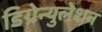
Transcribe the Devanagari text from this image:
डिग्रेन्युलेशन